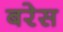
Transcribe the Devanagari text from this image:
बरेस